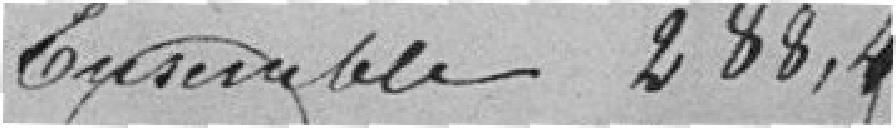
Ensemble 288 francs et 40 cents.